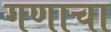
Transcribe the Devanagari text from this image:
गणाचा